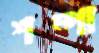
শম্পা